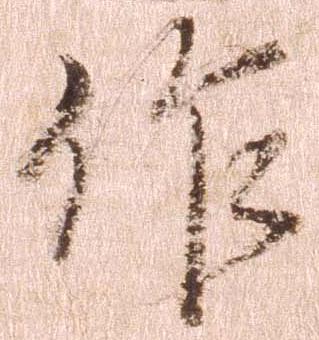
作